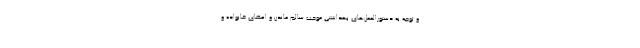
و توجه به دستورالعمل‌های بهداشتی موجب سالم ماندن و اعضای خانواده و